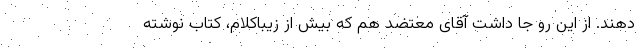
‌دهند. از این رو جا داشت آقای معتضد هم که بیش از زیباکلام، کتاب نوشته